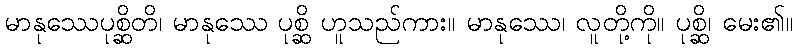
မာနုဿေပုစ္ဆိတိ၊ မာနုဿေ ပုစ္ဆိ ဟူသည်ကား။ မာနုဿေ၊ လူတို့ကို။ ပုစ္ဆိ၊ မေး၏။